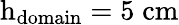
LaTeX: \mathrm{h}_{\mathrm{domain}}=5\; \mathrm{cm}